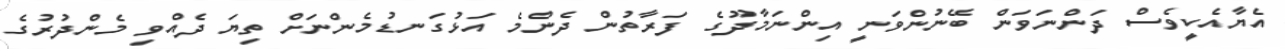
އެޔާއެކީވެސް ދަންނަވަން ބޭނުންވަނީ އިންނަމާދޫގެ ފަރާތުން ދެންމެ އަޅުގަނޑުމެންނަށް ތިޔަ ދެއްވި މެންދުރުގެ